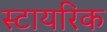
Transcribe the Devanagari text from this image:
स्टायरिक